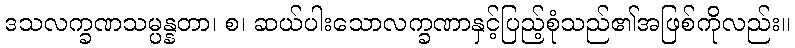
ဒသလက္ခဏသမ္ပန္နတာ၊ စ၊ ဆယ်ပါးသောလက္ခဏာနှင့်ပြည့်စုံသည်၏အဖြစ်ကိုလည်း။